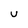
Character: U